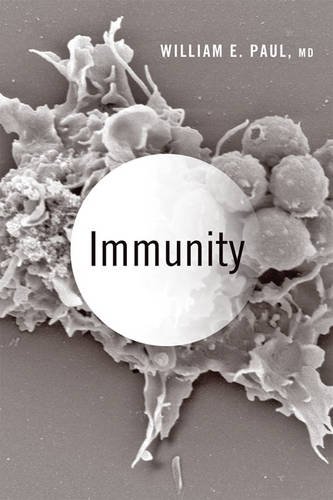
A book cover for Immunity; William E. Paul; Medical Books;